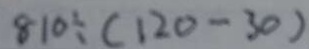
8 1 0 \div ( 1 2 0 - 3 0 )